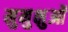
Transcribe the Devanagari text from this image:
मुमुक्षुओं